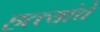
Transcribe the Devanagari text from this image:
हत्त्यांचे